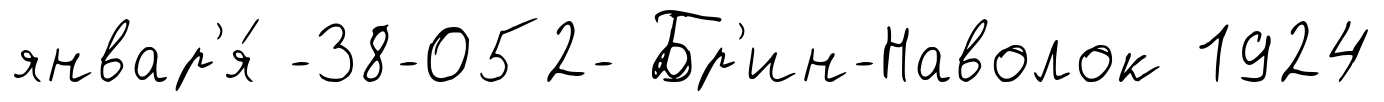
январ'я́ -38-052- Бр'ин-Наволок 1924